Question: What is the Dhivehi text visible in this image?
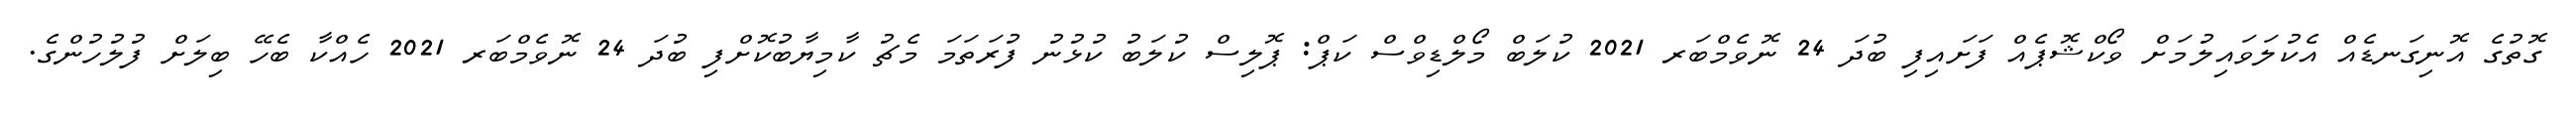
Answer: ގޮތުގެ އޮނިގަނޑެއް އެކުލަވައިލުމަށް ވޯކްޝޮޕެއް ފަށައިފި ބުދަ 24 ނޮވެމްބަރ 2021 ކުލަބް މޯލްޑިވްސް ކަޕް: ޕޮލިސް ކުލަބު ކުޅުނު ފުރަތަމަ މެޗު ކާމިޔާބުކޮށްފި ބުދަ 24 ނޮވެމްބަރ 2021 ހެއްކާ ބެހޭ ބިލަށް ފުލުހުންގެ.